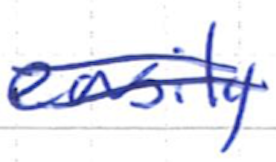
Text: easily
Cross-out: double-line
Writing tool: ballpoint